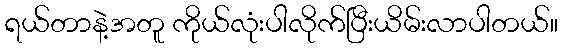
ရယ်တာနဲ့အတူ ကိုယ်လုံးပါလိုက်ပြီးယိမ်းလာပါတယ်။